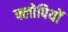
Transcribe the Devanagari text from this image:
फ्लोपियों